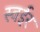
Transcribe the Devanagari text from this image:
स्वईर